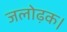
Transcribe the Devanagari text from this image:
जलोढ़क।